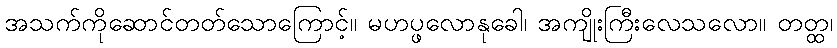
အသက်ကိုဆောင်တတ်သောကြောင့်။ မဟပ္ဖလောနုခေါ၊ အကျိုးကြီးလေသလော။ တတ္ထ၊